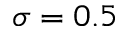
\sigma = 0 . 5